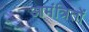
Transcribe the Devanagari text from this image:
आमंत्रितों